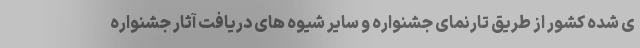
ی شده کشور از طریق تارنمای جشنواره و سایر شیوه های دریافت آثار جشنواره